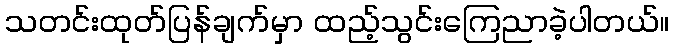
သတင်းထုတ်ပြန်ချက်မှာ ထည့်သွင်းကြေညာခဲ့ပါတယ်။